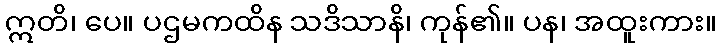
ဣတိ၊ ပေ။ ပဌမကထိန သဒိသာနိ၊ ကုန်၏။ ပန၊ အထူးကား။